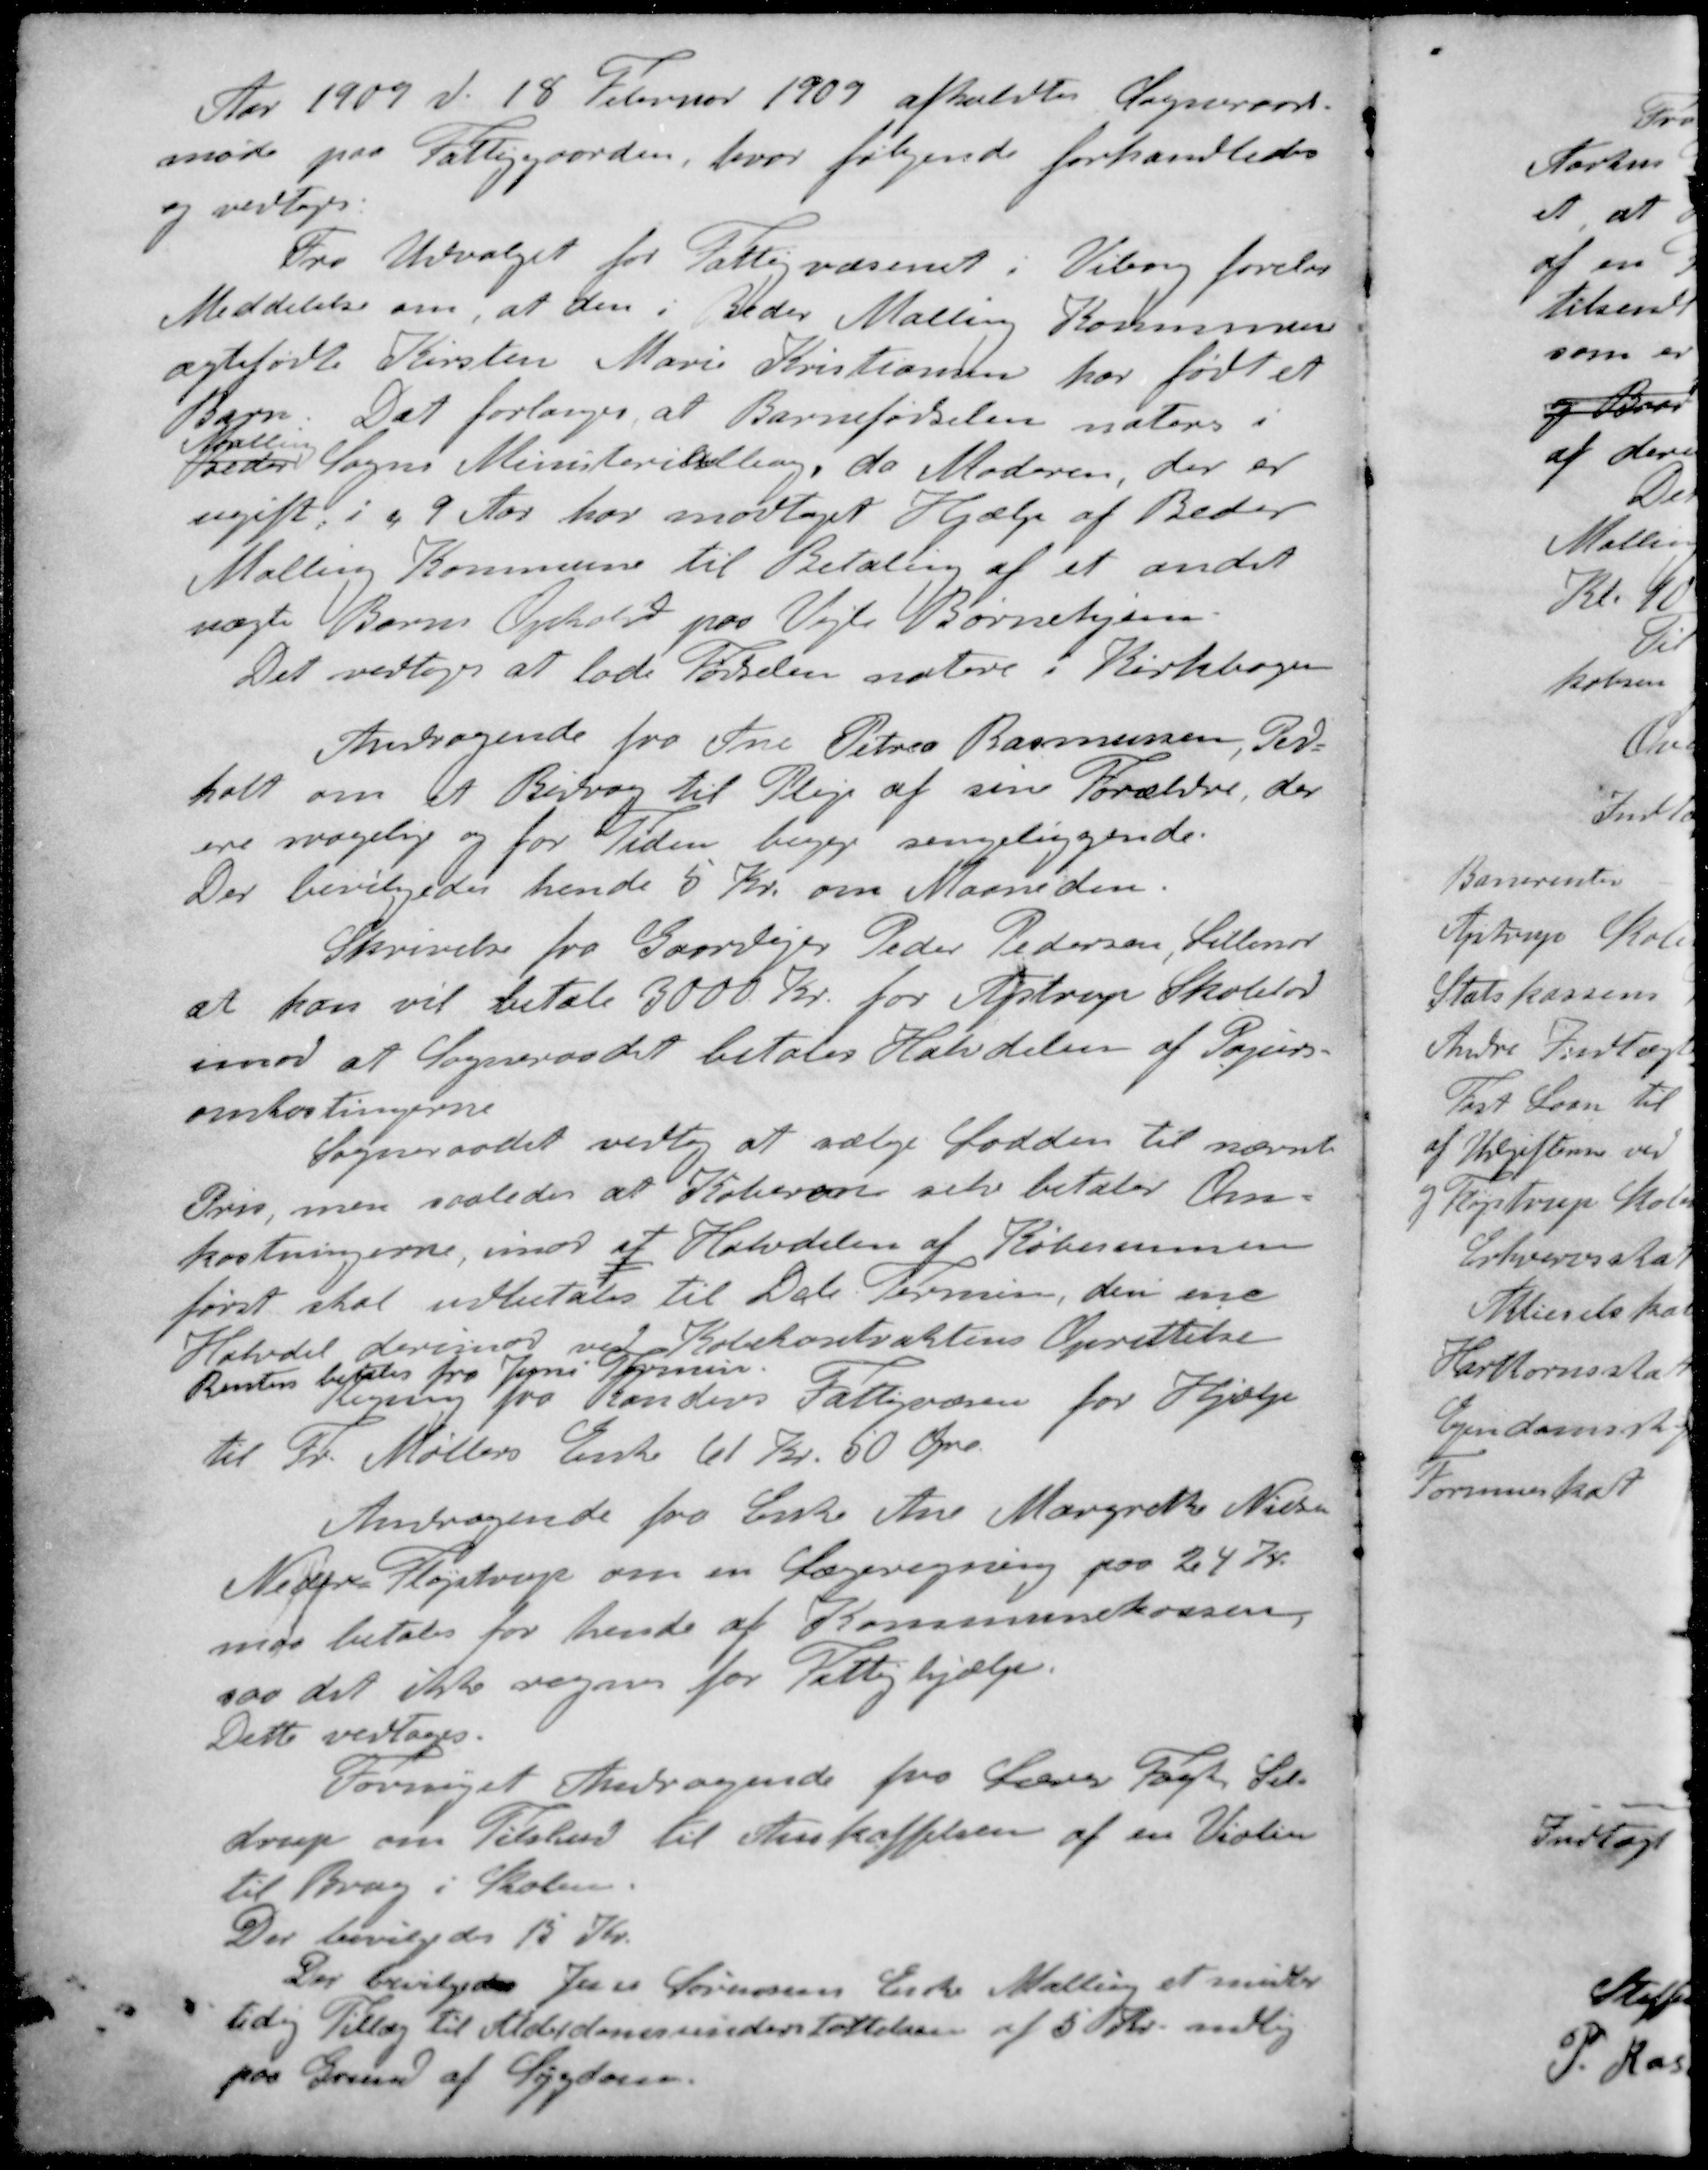
Transskription:
Aar 1909 d. 18 Februar 1909 afholdtes Sogneraads-
møde paa Fattiggaarden, hvor følgende forhandledes
og vedtoges:
Fra Udvalget for Fattigvæsenet i Viborg forelaa
Meddelelse om, at den i Beder Malling Kommunen
ægtefødte Kirsten Marie Kristiansen har født et
Barn. Det forlanges, at Barnefødselen noteres i
Malling
Beder Sogns Ministerialborg, da Moderen, der er
ugift i a 9 Aar har modtaget Hjælp af Beder
Malling Kommune til Betaling af et andet
uægte Barns Ophold paa Vejle Børnehjem.
Det vedtoges at lade Fødselen notere i Kirkebogen
Andragende fra Ane Petrea Rasmussen, Ped-
holt om et Bidrag til Pleje af sine Forældre, der
ere svagelig og for Tiden begge sengeliggende.
Der bevilgedes hende 5 Kr. om Maaneden.
Skrivelse fra Gaardejer Peder Pedersen, Lillenor
at han vil betale 3000 Kr. for Ajstrup Skolelod
imod at Sogneraadet betales Halvdelen af Papirs-
omkostingerne
Sogneraadet vedtog at sælge Lodden til nævnte
Pris, men saaledes at Køberen selv betaler Om-
kostningerne, imod af Halvdelen af Købesummen
først skal udbetales til Dcb Termin, den ene
Halvdel derimod ved Købekontraktens Oprettelse
Renten betales fra Juni Termin.
Regning fra Randers Fattigvæsen for Hjælp
til Fr. Møllers Enke 61 Kr. 50 Øre
Andragende fra Enke Ane Margrethe Nielsen
Neder Fløjstrup om en Lægeregning paa 24 Kr.
maa betales for hende af Kommunekassen.
saa det ikke regnes for Fattighjælp.
Dette vedtoges.
Fornyet Andragende fra Lærer Fogh Sel-
drup om Tilskud til Anskaffelsen af en Violin
til Brug i Skolen.
Der bevilgedes 15 Kr.
Der bevilgedes Jens Sørensens Enke Malling et midler-
tidig Tillæg til Alderdomsunderstøttelsen af 5 Kr mdlig
paa Grund af Sygdom.